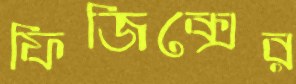
ফিজিক্সের